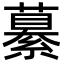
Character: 繤